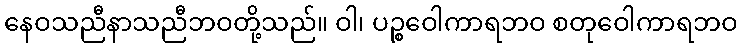
နေဝသညီနာသညီဘဝတို့သည်။ ဝါ၊ ပဉ္စဝေါကာရဘဝ စတုဝေါကာရဘဝ